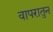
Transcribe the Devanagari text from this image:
वापरातुन